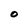
Character: O